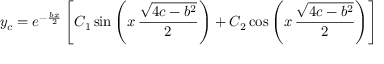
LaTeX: y _ { c } = e ^ { - { \frac { b x } { 2 } } } \left[ C _ { 1 } \sin \left( x \, { \frac { \sqrt { 4 c - b ^ { 2 } } } { 2 } } \right) + C _ { 2 } \cos \left( x \, { \frac { \sqrt { 4 c - b ^ { 2 } } } { 2 } } \right) \right]